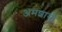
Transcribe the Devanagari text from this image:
अमशायी